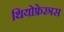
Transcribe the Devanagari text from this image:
थियोफ्रेस्त्रस